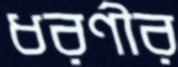
ধরণীর